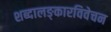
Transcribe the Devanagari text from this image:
शब्दालङ्कारविवेचन